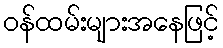
ဝန်ထမ်းများအနေဖြင့်